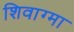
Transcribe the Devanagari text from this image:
शिवाग्मा